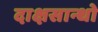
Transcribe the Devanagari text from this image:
दाक्षसान्धो